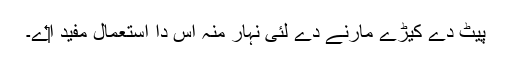
پیٹ دے کیڑے مارنے دے لئی نہار منہ اس دا استعمال مفید ا‏‏ے۔